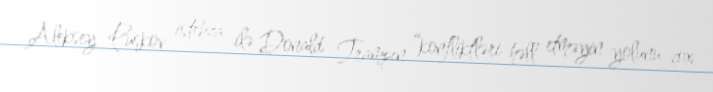
Aleksey Puşkov istehza ilə Donald Trampın “konfliktləri həll etməyin yolunu çox